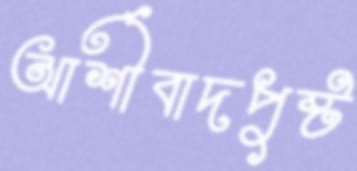
আর্শীবাদপুষ্ট